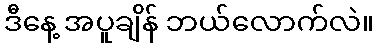
ဒီနေ့ အပူချိန် ဘယ်လောက်လဲ။